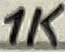
Text: 1K